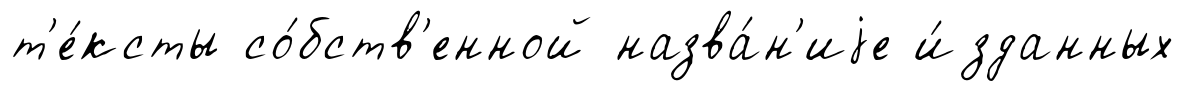
т'е́ксты со́бств'енной назва́н'иjе и́зданных